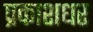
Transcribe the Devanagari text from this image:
प्रकाशधर